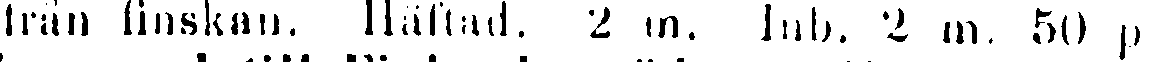
fran finskan. Häftad. 2 in. Inb. 2 m. 50 p.